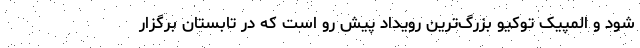
شود و المپیک توکیو بزرگ‌ترین رویداد پیش رو است که در تابستان برگزار